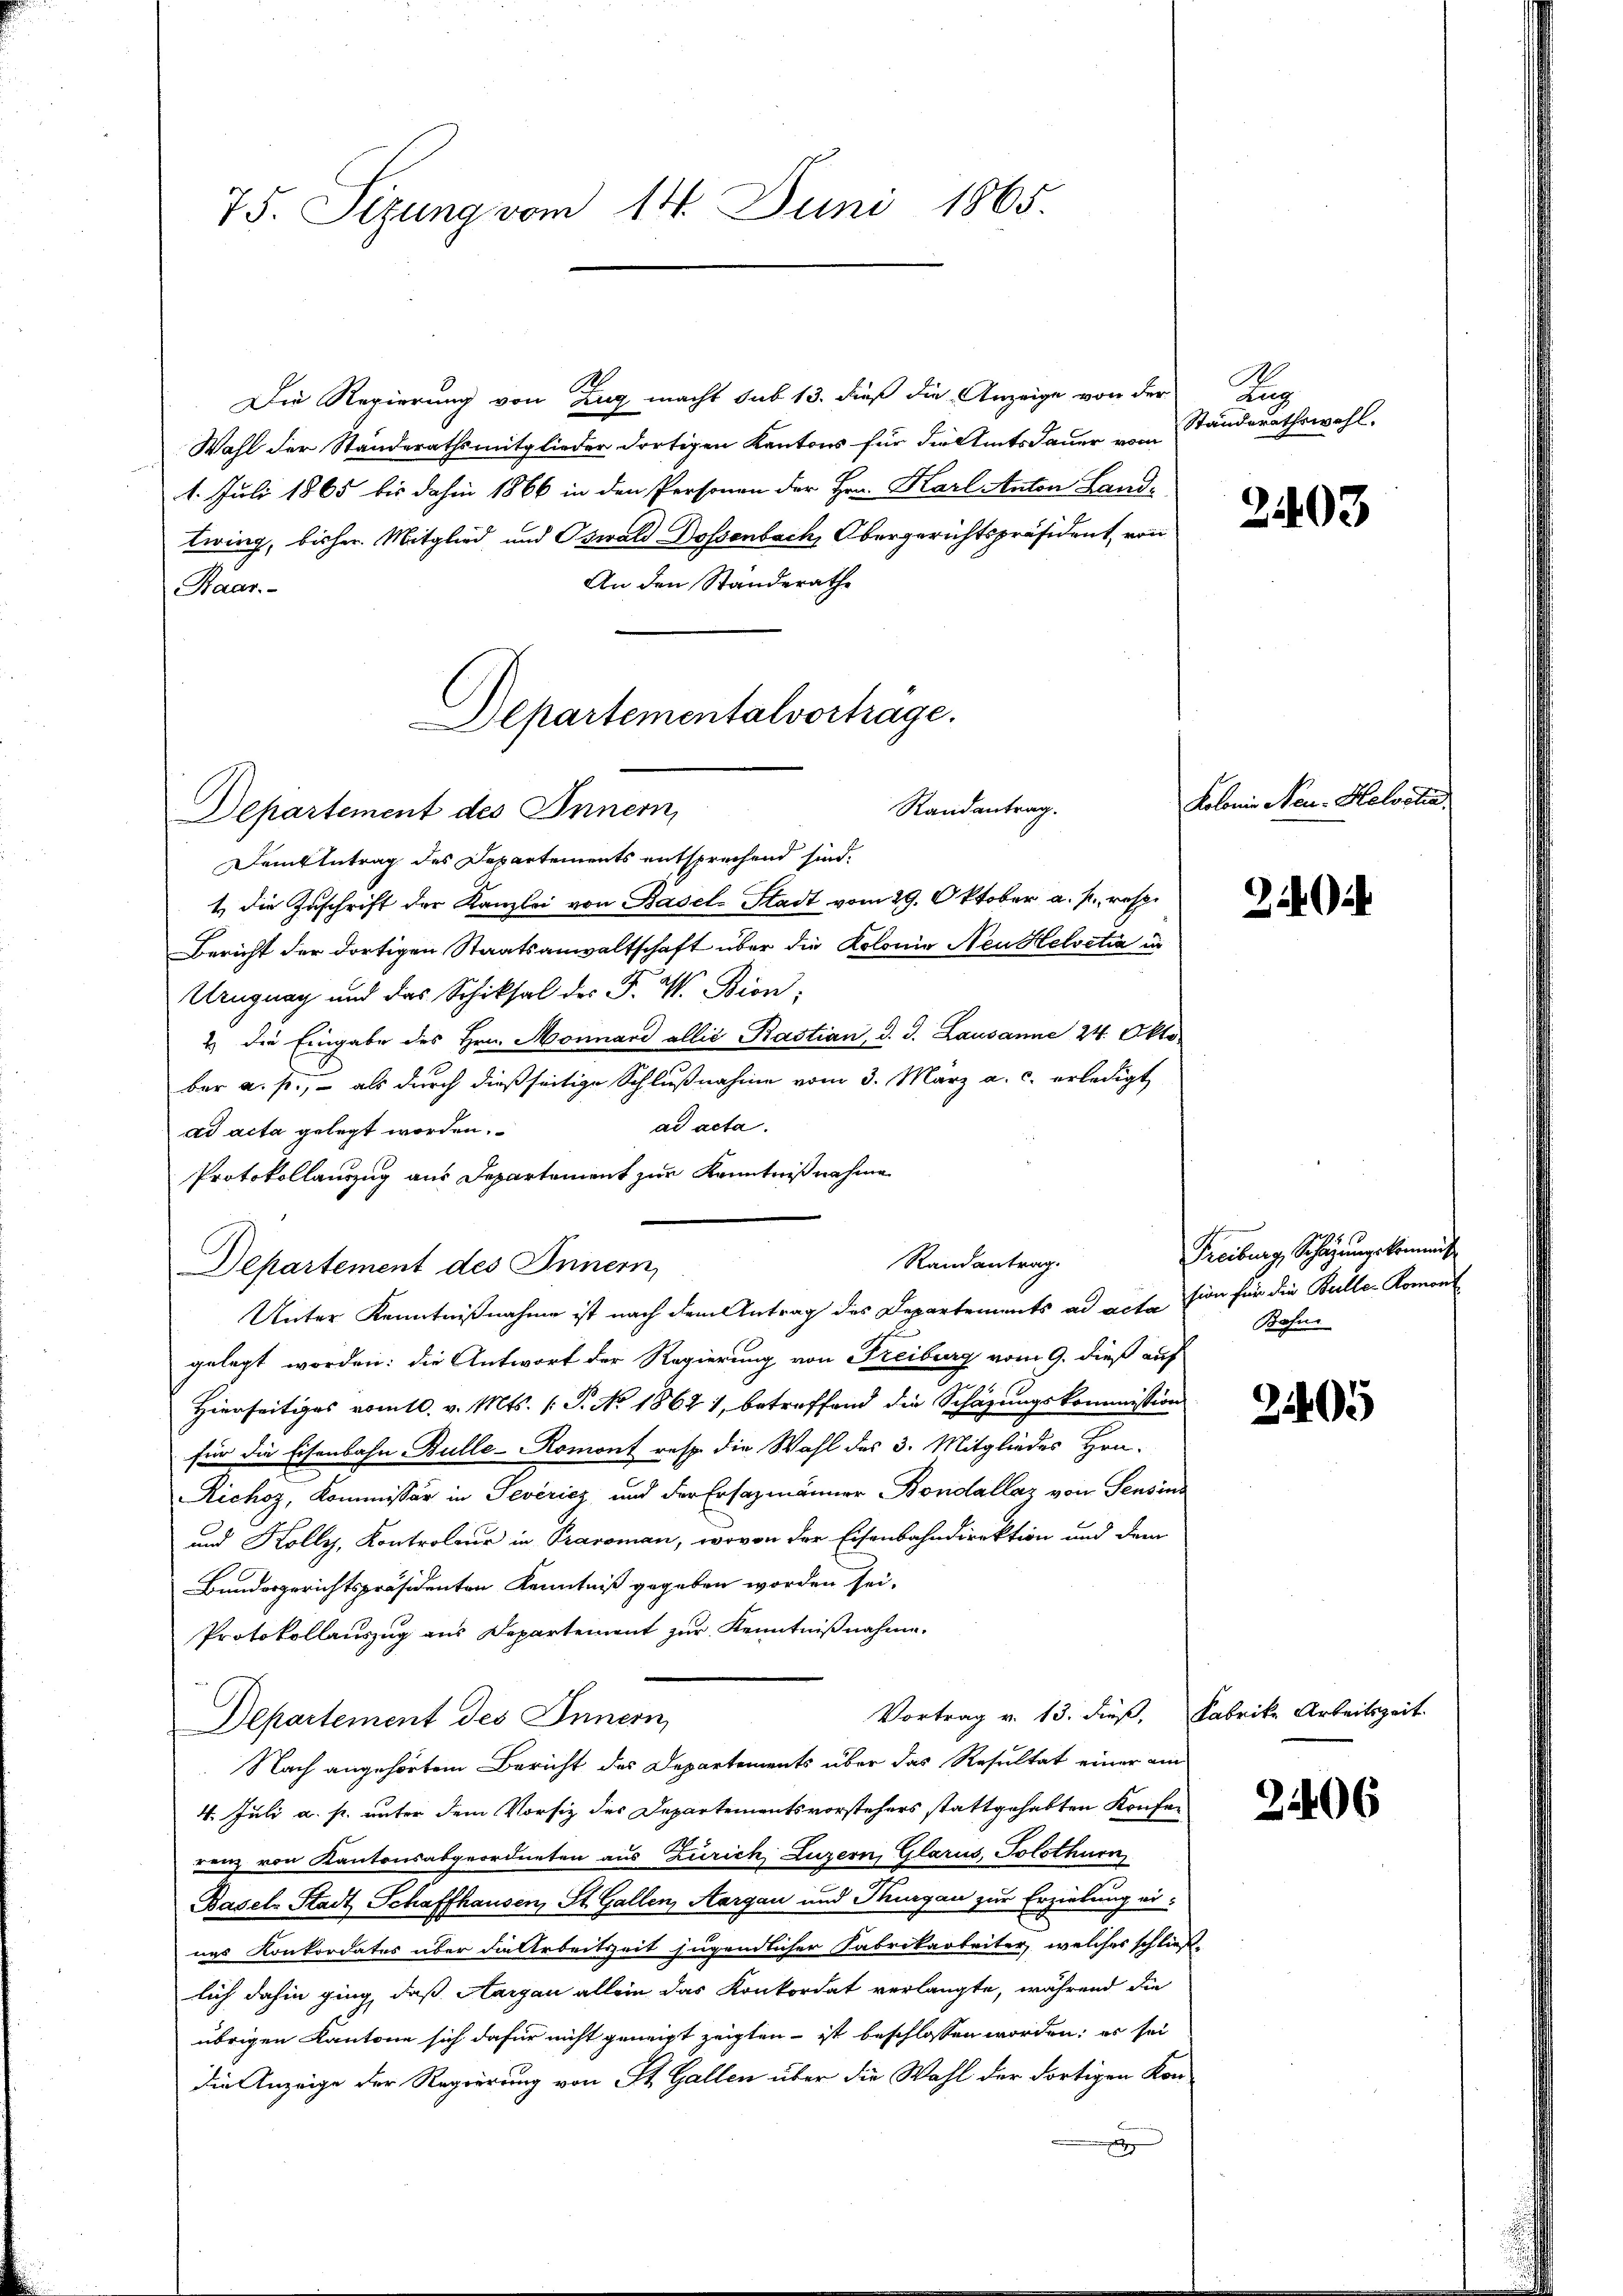
75. Sizung vom 14. Juni 1865.

Die Regierung von Zug macht sub 13. dieß die Anzeige von der Lag
Wahl der Standerathsmitglieder dortigen Kantons für die Amtsdauer vom
1. Juli 1865 bis dahin 1866 in den Personen der Hrn. Karl Anton Land-
twing, bisher Mitglied und Oswald Dossenbach, Obergerichtspräsident, von
An den Standerathe
Raar.-

Alpartementalvortrage.
Randantrag.
Departement des Innern,

Randantrag.
Unter Kenntnißnahme ist nach dem Antrag des Departements ad acta sion für die Bulle-Romont

Damtintrag des Departements entsprechend sind.
t die Zuschrift der Kanzlei von Basel-Stadt vom 29. Oktober a. p., resp.
Bericht der dortigen Staatsanwaltschaft über die Kolonie Neu Helvetia in
Urugung und das Schicksal des F. W. Bion;
2 die Eingabe des Hrn. Monnand allis, Rastian, d. J. Lausanne 24. Okto
bar a. f., – als durch dießseitige Schlußnahme vom 3. März a. c. erledigt
ad acta.
ad acta gelegt worden.
Protokollauszug aus Departement zur Kenntnißnahme
Departement des Innern,
gelegt worden: die Antwort der Regierung von Freiburg vom 9. dieß auf
Hierseitiges vom 10. v. Mts. (T. No. 1864), betreffend die Schazungskommission
für die Eisenbahn Bulle-Romont resp. die Wahl des 3. Mitgliedes Hrn.
Richoz, Kommissär in Sevéricz und der Ersazmänner Bondallaz von Sensins
und Kolly, Kontroleur in Pranoman, wovon der Eisenbahndirektion und dem
Bundesgerichtspräsidenten Kenntniß gegeben worden sei.
Protokollauszug aus Departement zur Kenntnißnahme.
Vortrag v. 13. dieß, Fabrike Arbeitszeit
Departement des Innern,
Nach angehörtem Bericht des Departements über das Resultat einer ein
4. Juli a. p. unter dem Vorsiz des Departementsvorstehers stattgehabten Konferenz von Kantonsabgeordneten aus Zürich, Luzern, Glarus, Solothurn
Basels Stadt Schaffhausen, St. Gallen, Aargau und Thurgau zur Erzielung einas Konkordates über die Arbeitszeit jugendlicher Fabrikarbeiter, welches schließlich dahin ging, daß Aargau allein das Konkordat verlangte, während die
übrigen Kantone sich dafür nicht geneigt zeigten ist beschlossen worden; es sei
die Anzeige der Regierung von St. Gallen über die Wahl der dortigen Kon-
A

Standerathswahl.

2403

Kolonie Neu- Helvetia

22

95
Freiburg, Schlagungskommnis
Bahne

2405

3406